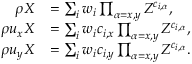
\begin{array} { r l } { \rho X } & { = \sum _ { i } w _ { i } \prod _ { \alpha = x , y } Z ^ { c _ { i , \alpha } } , } \\ { \rho u _ { x } X } & { = \sum _ { i } w _ { i } c _ { i , x } \prod _ { \alpha = x , y } Z ^ { c _ { i , \alpha } } , } \\ { \rho u _ { y } X } & { = \sum _ { i } w _ { i } c _ { i , y } \prod _ { \alpha = x , y } Z ^ { c _ { i , \alpha } } . } \end{array}